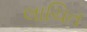
લાચિત